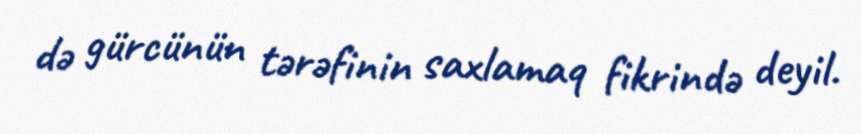
də gürcünün tərəfinin saxlamaq fikrində deyil.